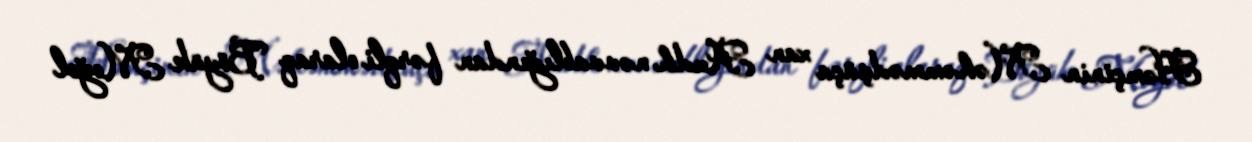
Həmçinin Məhəmmədşüça xan Audh nəvvablığından fərqli olaraq Böyük Moğol